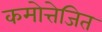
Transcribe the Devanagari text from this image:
कमोत्तेजित